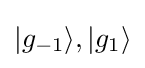
|g_{-1}\rangle ,|g_{1}\rangle